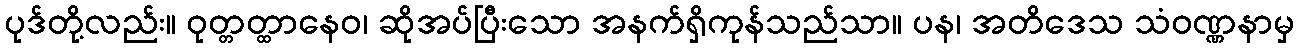
ပုဒ်တို့လည်း။ ဝုတ္တတ္ထာနေဝ၊ ဆိုအပ်ပြီးသော အနက်ရှိကုန်သည်သာ။ ပန၊ အတိဒေသ သံဝဏ္ဏနာမှ